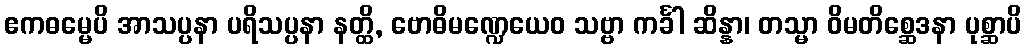
ဧကဓမ္မေပိ အာသပ္ပနာ ပရိသပ္ပနာ နတ္ထိ, ဗောဓိမဏ္ဍေယေဝ သဗ္ဗာ ကင်္ခါ ဆိန္နာ၊ တသ္မာ ဝိမတိစ္ဆေဒနာ ပုစ္ဆာပိ